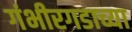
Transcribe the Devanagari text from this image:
गंभीरगडाच्या